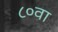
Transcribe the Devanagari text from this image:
८०वा